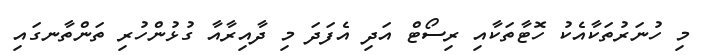
މި ހުނަރުތަކާއެކު ހޮޓާތަކާއި ރިސޯޓް އަދި އެފަދަ މި ދާއިރާއާ ގުޅުންހުރި ތަންތާނގައި